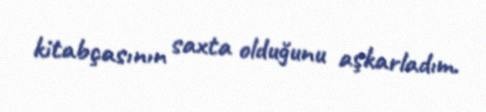
kitabçasının saxta olduğunu aşkarladım.